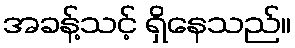
အခန့်သင့် ရှိနေသည်။